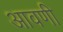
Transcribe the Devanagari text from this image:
आवणी